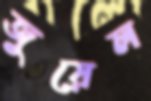
জুয়েল